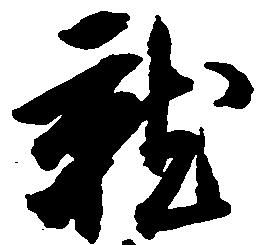
就